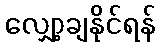
လျှော့ချနိုင်ရန်